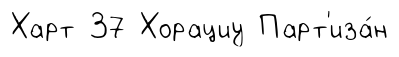
Харт 37 Хорациу Парт'иза́н